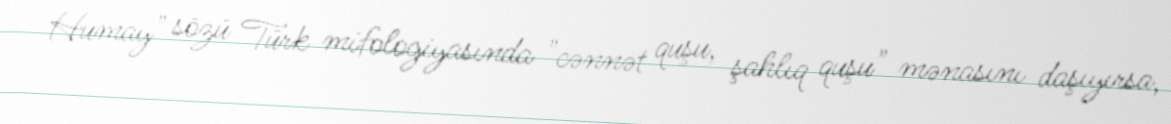
Humay" sözü Türk mifologiyasında "cənnət quşu, şahlıq quşu" mənasını daşıyırsa,